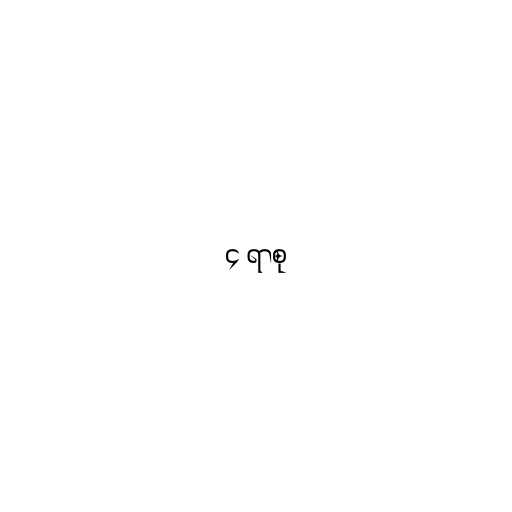
၄ ရာစု